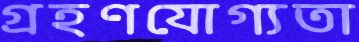
গ্রহণযোগ্যতা